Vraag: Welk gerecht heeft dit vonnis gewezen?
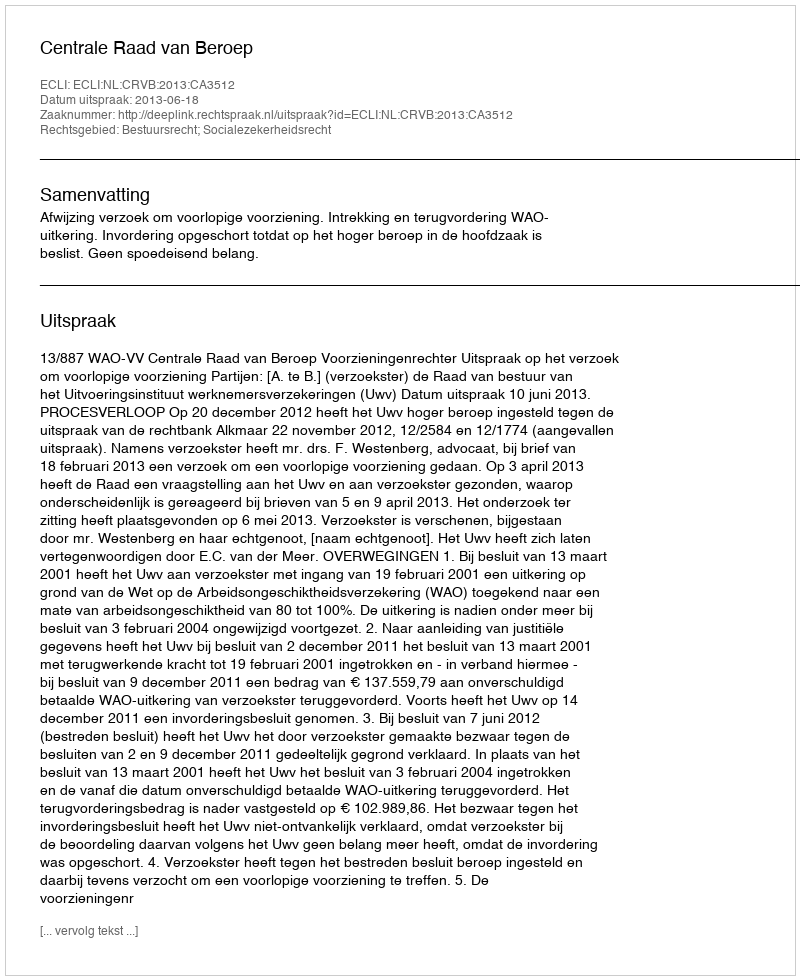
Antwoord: Centrale Raad van Beroep